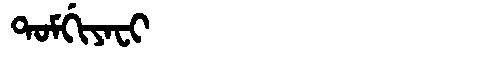
Manchu: ᡨᠣᠮᡤᡳᠶᠠᠸᡳ
Romanization: TOMGIYAFI